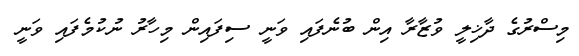
މިސްރުގެ ދާޚިލީ ވުޒާރާ އިން ބުނެފައި ވަނީ ސިފައިން މިހާރު ނުކުމެފައި ވަނީ